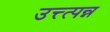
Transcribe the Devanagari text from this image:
उत्त्त्पन्न